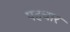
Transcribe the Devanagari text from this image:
पहचार